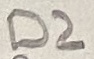
Text: D2